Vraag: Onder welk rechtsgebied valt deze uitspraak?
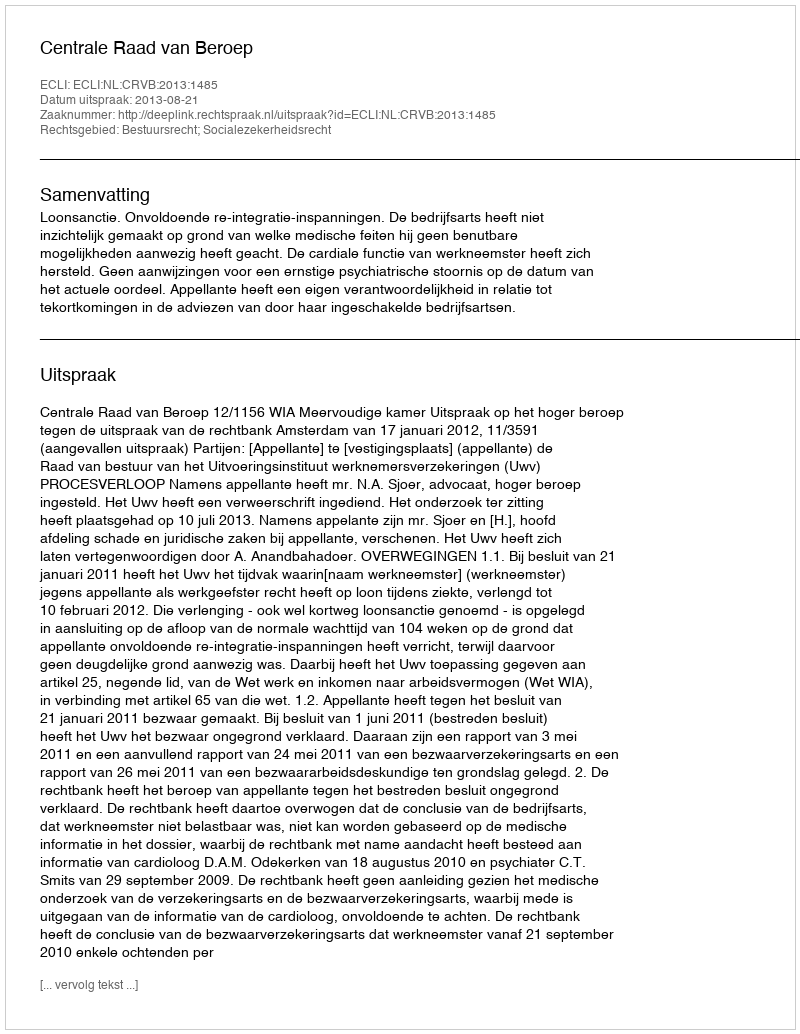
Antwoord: Bestuursrecht; Socialezekerheidsrecht